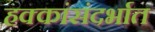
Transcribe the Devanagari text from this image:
हक्कांसंदर्भात